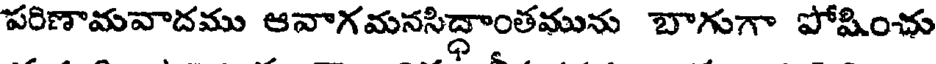
పరిణామవాదము ఆవాగమనసిద్ధాంతమును బాగుగా పోషించు